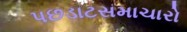
પછડાટસમાચારો